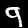
Digit: 9